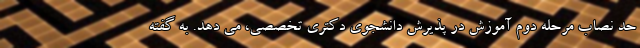
حد نصاب مرحله دوم آموزش در پذیرش دانشجوی دکتری تخصصی، می دهد. به گفته